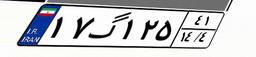
۰۴گ۹۳۲۷۸